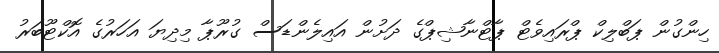
ހިންގުން ޕަބްލިކް ޕްރައިވެޓް ޕާޓްނާޝިޕްގެ ދަށުން އައިލެންޑަސް ގުރޫޕާ މިދިޔަ އަހަރުގެ އޮކްޓޫބަރު